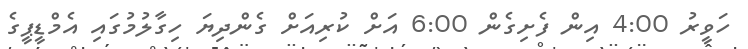
ހަވީރު 4:00 އިން ފެށިގެން 6:00 އަށް ކުރިއަށް ގެންދިޔަ ހިގާލުމުގައި އެމްޑީޕީގެ